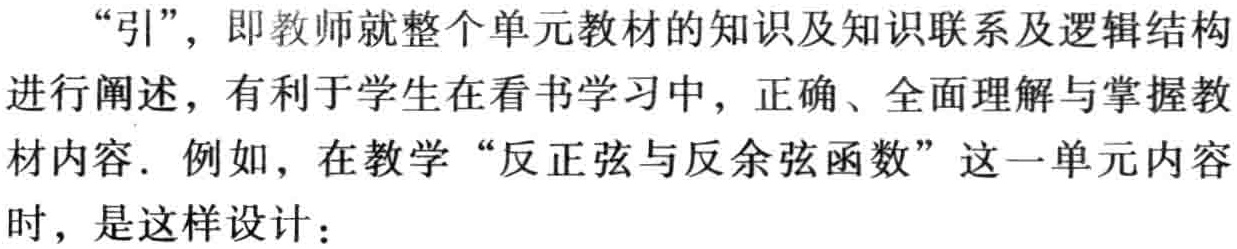
“引”，即教师就整个单元教材的知识及知识联系及逻辑结构进行阐述，有利于学生在看书学习中，正确、全面理解与掌握教材内容. 例如，在教学“反正弦与反余弦函数”这一单元内容时，是这样设计：